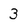
Character: 3